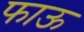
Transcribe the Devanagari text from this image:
फाऊ